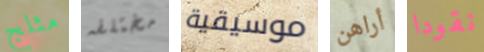
مثلج مختلفه موسيقية أراهن نقودا